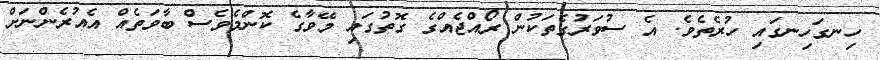
ހިނގަހިނގައި ހުރެތެވެ. އެ ސުވަރުގެތަކުން ރޯއްޖެއްގެ ގޮތުގައި މޭވާގެ ކޮންމެވެސް ބާވަތެއް އެއުރެންނަށް